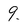
Character: 9